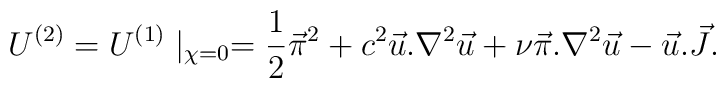
U^{(2)} = U^{(1)}\mid_{\chi=0} = {1\over 2} \vec \pi^2 + c^2\vec u . \nabla^{2}\vec u + \nu \vec \pi . \nabla^2 \vec u - \vec u . \vec J .